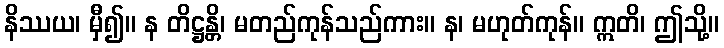
နိဿယ၊ မှီ၍။ န တိဋ္ဌန္တိ၊ မတည်ကုန်သည်ကား။ န၊ မဟုတ်ကုန်။ ဣတိ၊ ဤသို့။